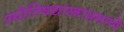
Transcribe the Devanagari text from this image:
ज्योतिषशास्त्राप्रमाणे